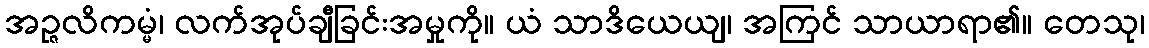
အဉ္ဇလိကမ္မံ၊ လက်အုပ်ချီခြင်းအမှုကို။ ယံ သာဒိယေယျ၊ အကြင် သာယာရာ၏။ တေသု၊